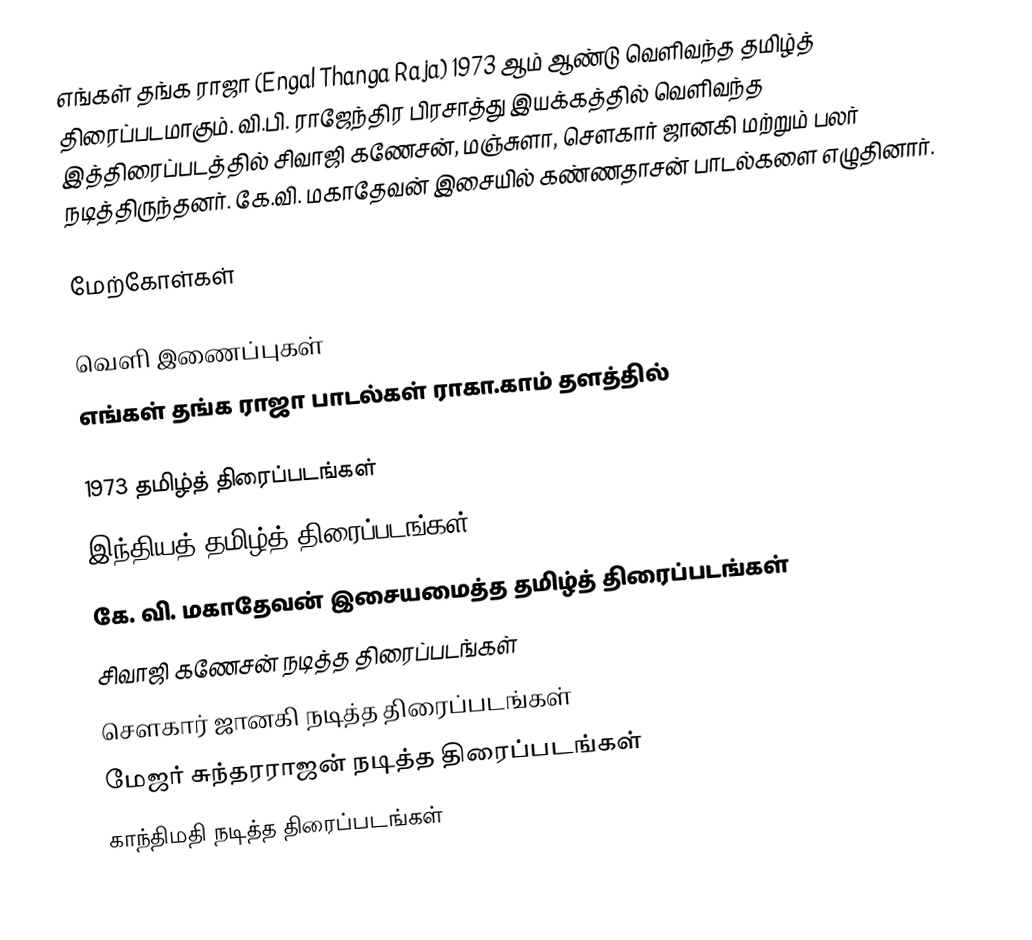
எங்கள் தங்க ராஜா (Engal Thanga Raja) 1973 ஆம் ஆண்டு வெளிவந்த தமிழ்த் திரைப்படமாகும். வி.பி. ராஜேந்திர பிரசாத்து   இயக்கத்தில் வெளிவந்த இத்திரைப்படத்தில் சிவாஜி கணேசன், மஞ்சுளா, சௌகார் ஜானகி மற்றும் பலர் நடித்திருந்தனர். கே.வி. மகாதேவன் இசையில் கண்ணதாசன் பாடல்களை எழுதினார்.

மேற்கோள்கள்

வெளி இணைப்புகள்
 எங்கள் தங்க ராஜா பாடல்கள் ராகா.காம் தளத்தில்

1973 தமிழ்த் திரைப்படங்கள்
இந்தியத் தமிழ்த் திரைப்படங்கள்
கே. வி. மகாதேவன் இசையமைத்த தமிழ்த் திரைப்படங்கள்
சிவாஜி கணேசன் நடித்த திரைப்படங்கள்
சௌகார் ஜானகி நடித்த திரைப்படங்கள்
மேஜர் சுந்தரராஜன் நடித்த திரைப்படங்கள்
காந்திமதி நடித்த திரைப்படங்கள்